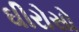
ઘીરોસો